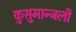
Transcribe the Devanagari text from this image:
कुसुमान्जली